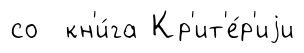
со кн'и́га Кр'ит'е́р'иjи